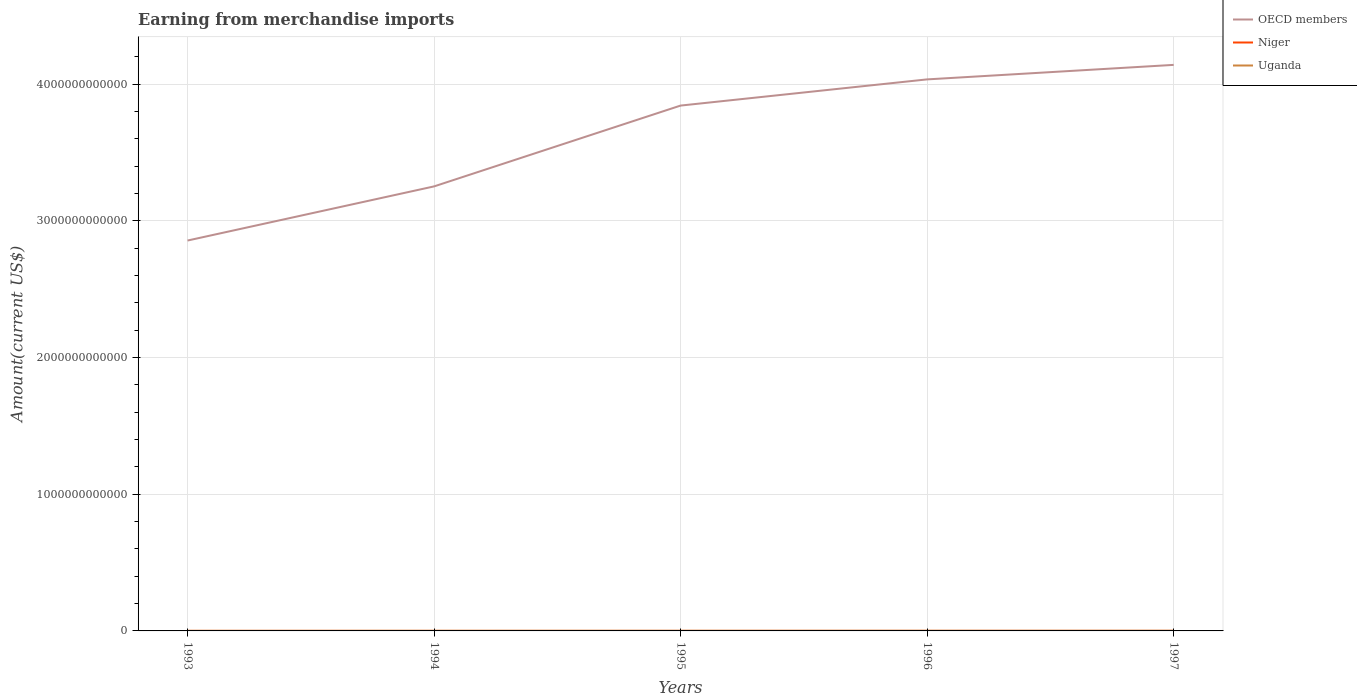
| Years | OECD members | Niger | Uganda |
 | --- | --- | --- | --- |
 | 1993 | 2.86e+12 | 3.75e+08 | 5.35e+08 |
 | 1994 | 3.25e+12 | 3.28e+08 | 8.75e+08 |
 | 1995 | 3.84e+12 | 3.74e+08 | 1.06e+09 |
 | 1996 | 4.04e+12 | 4.48e+08 | 1.19e+09 |
 | 1997 | 4.14e+12 | 3.74e+08 | 1.32e+09 |